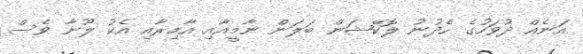
އަނެއް ދުވަހުގެ ހެދުނު ލޮކޭޝަން ބަލަން ނާމީއާއި އާމިރާއި އެކު ލޫނާ ވެސް